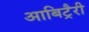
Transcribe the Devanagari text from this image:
आबिट्रैरी